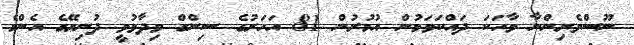
ނޫސްވެރިންނާ ވާހަކަ ދައްކަވަމުން އުމުރުން 81 އަހަރުގެ ސިންގް ވިދާޅުވީ ދުނިޔޭގެ އެންމެ